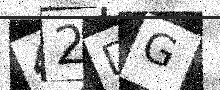
Text: 42DG